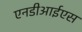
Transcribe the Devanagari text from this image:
एनडीआईएस